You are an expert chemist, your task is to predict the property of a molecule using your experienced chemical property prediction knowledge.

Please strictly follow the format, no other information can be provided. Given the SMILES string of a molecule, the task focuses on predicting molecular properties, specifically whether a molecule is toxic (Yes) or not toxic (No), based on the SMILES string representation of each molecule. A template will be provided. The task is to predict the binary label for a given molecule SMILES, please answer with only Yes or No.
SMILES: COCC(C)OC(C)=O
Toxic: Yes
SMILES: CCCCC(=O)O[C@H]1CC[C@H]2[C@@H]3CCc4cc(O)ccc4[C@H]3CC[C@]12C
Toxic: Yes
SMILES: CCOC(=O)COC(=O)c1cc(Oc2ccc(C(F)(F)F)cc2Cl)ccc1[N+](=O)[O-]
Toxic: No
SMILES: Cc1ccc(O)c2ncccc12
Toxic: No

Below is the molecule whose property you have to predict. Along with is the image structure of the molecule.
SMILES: Oc1ccc2[nH]cc(CCCCN3CC=C(c4ccccc4)CC3)c2c1
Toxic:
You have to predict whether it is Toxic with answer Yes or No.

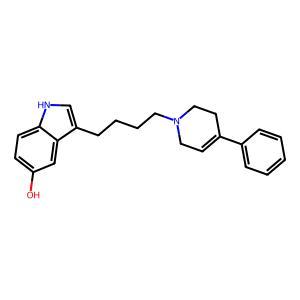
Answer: No